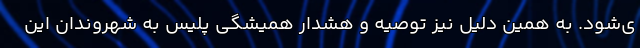
ی‌شود. به همین دلیل نیز توصیه و هشدار همیشگی پلیس به شهروندان این